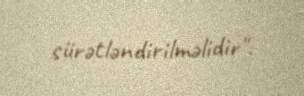
sürətləndirilməlidir".